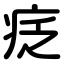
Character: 疺